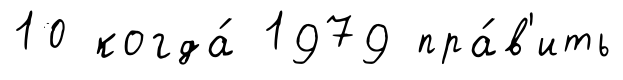
10 когда́ 1979 пра́в'ить